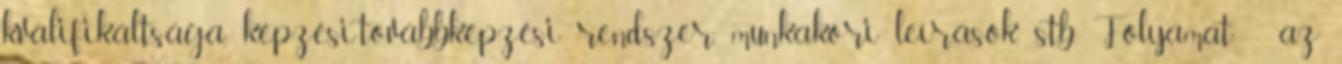
kvalifikáltsága, képzési-továbbképzési rendszer, munkaköri leírások, stb. Folyamat: - az